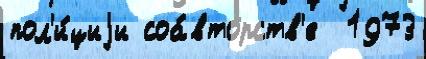
пол'и́циjи соа́вторств'е  1973